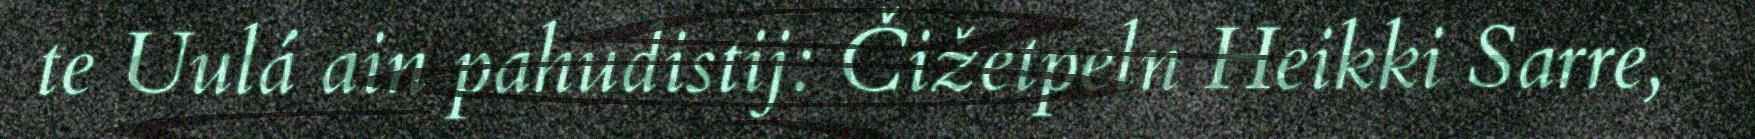
te Uulá ain pahudistij: Čižetpeln Heikki Sarre,